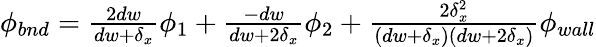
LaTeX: \begin{array}{r}{\phi_{bnd}=\frac{2dw}{dw+\delta_{x}}\phi_{1}+\frac{-dw}{dw+2\delta_{x}}\phi_{2}+\frac{2\delta_{x}^{2}}{(dw+\delta_{x})(dw+2\delta_{x})}\phi_{wall}}\end{array}